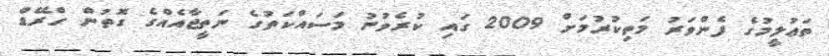
ތަޢުލީމުގެ ފެންވަރު މަތިކުރުމަށް 2009 ގައި ކުރެވުނު މަސައްކަތުގެ ނަތީޖާއެއްގެ ގޮތުން ގްރޭޑް